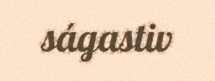
ságastiv